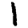
Digit: 1